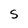
Character: S